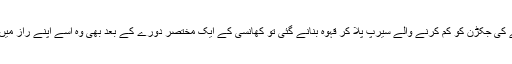
جب چھوٹی اسے کھانسی اور سینے کی جکڑن کو کم کرنے والے سیرپ پلا کر قہوہ بنانے گئی تو کھانسی کے ایک مختصر دورے کے بعد بھی وہ اسے اپنے راز میں شریک کرنے کا فیصلہ نہ کرپائی۔